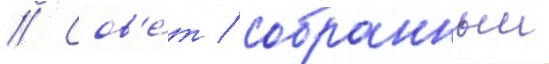
// Сов'е́т / собранныи